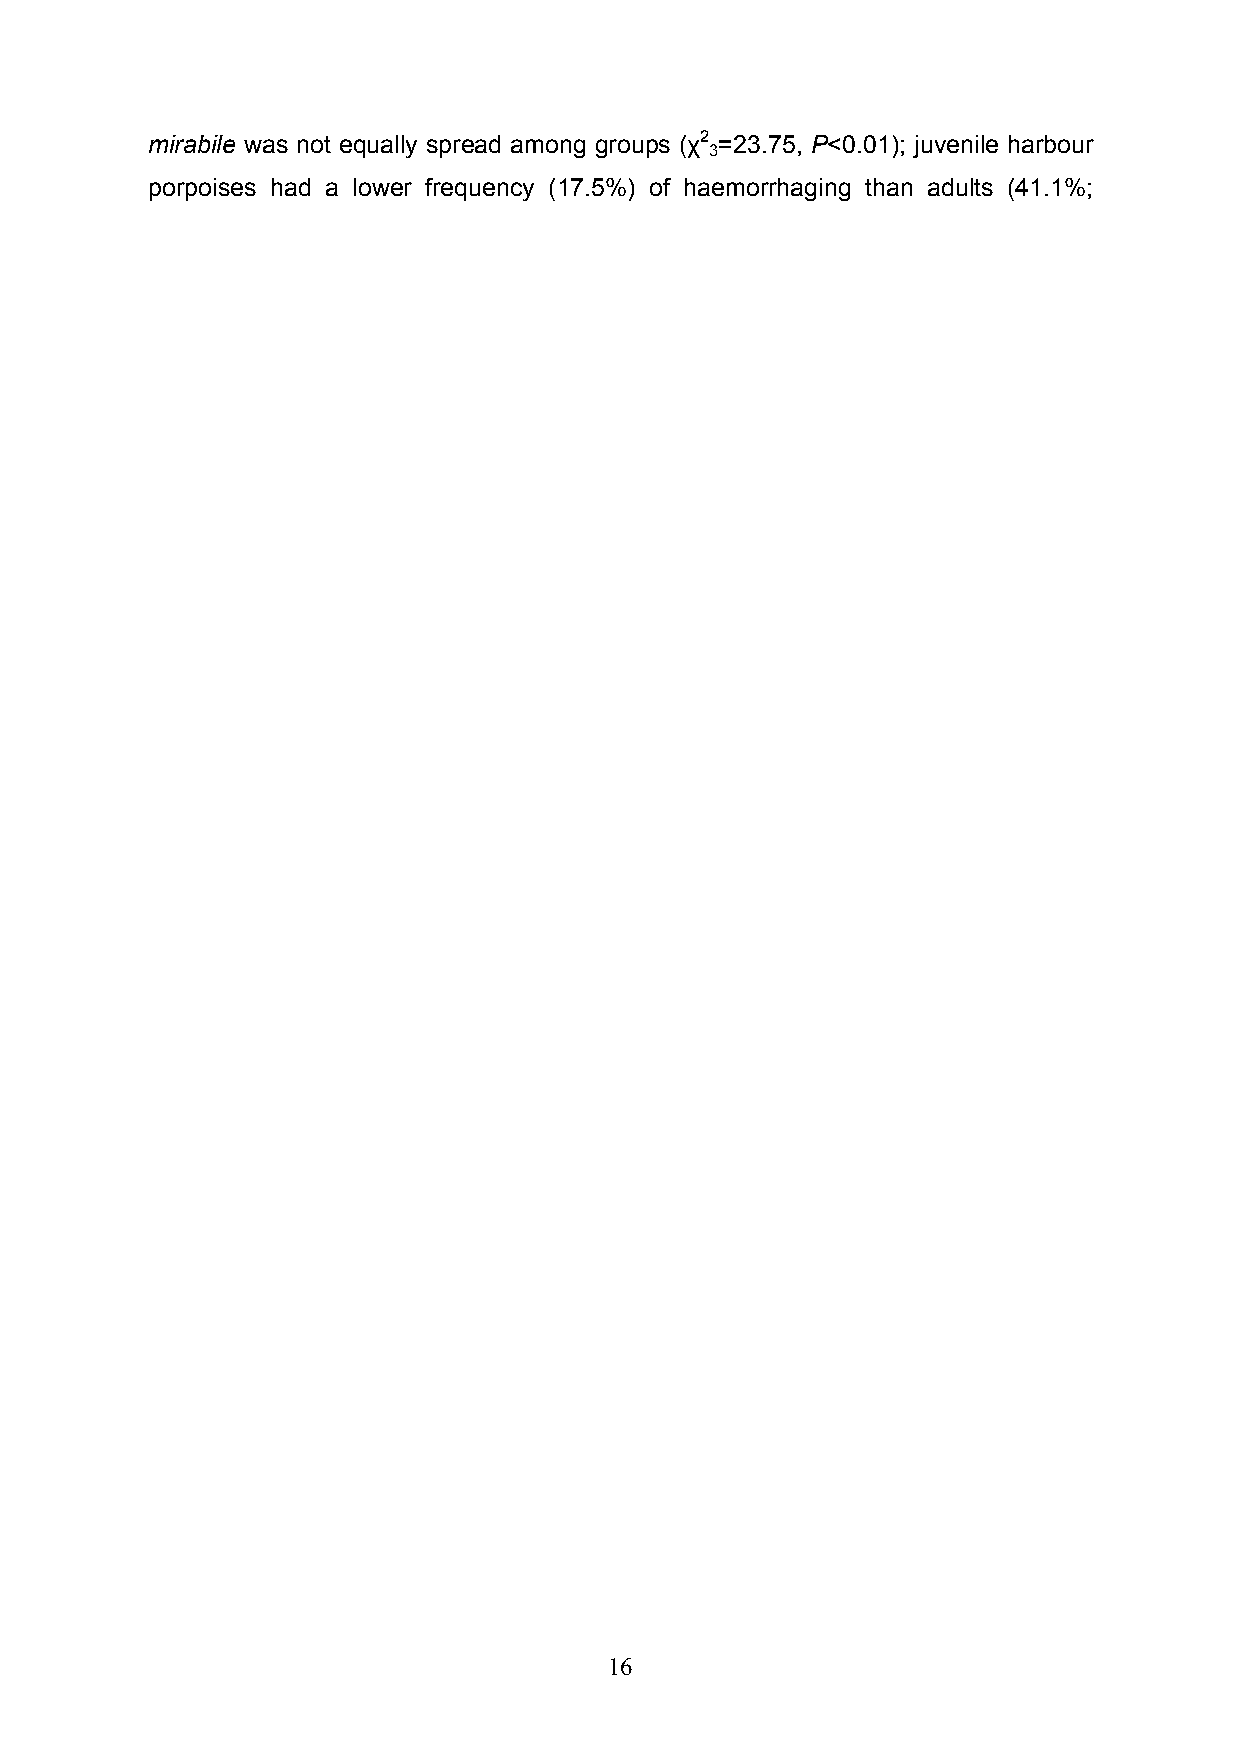
mirabile was not equally spread among groups (χ2 =23.75, P<0.01); juvenile harbour
 3
 porpoises had a lower frequency (17.5%) of haemorrhaging than adults (41.1%;
 16